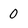
Character: 0